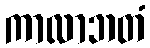
ကာလာဘတံ